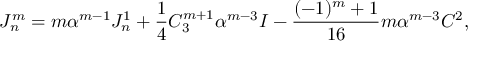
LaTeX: J _ { n } ^ { m } = m \alpha ^ { m - 1 } J _ { n } ^ { 1 } + \frac 1 4 C _ { 3 } ^ { m + 1 } \alpha ^ { m - 3 } I - \frac { ( - 1 ) ^ { m } + 1 } { 1 6 } m \alpha ^ { m - 3 } C ^ { 2 } ,